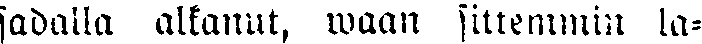
sadalla alkanut, waan sittemmin la-